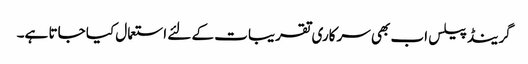
گرینڈ پیلس اب بھی سرکاری تقریبات کے لئے استعمال کیا جاتا ہے۔